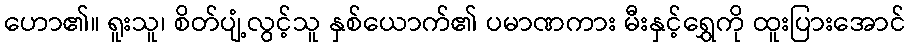
ဟော၏။ ရူးသူ၊ စိတ်ပျံ့လွင့်သူ နှစ်ယောက်၏ ပမာဏကား မီးနှင့်ရွှေကို ထူးပြားအောင်